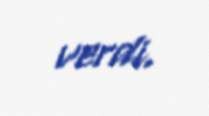
verdi.